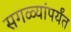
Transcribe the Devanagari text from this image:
सगळ्यांपर्यंत